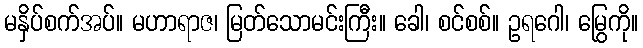
မနှိပ်စက်အပ်။ မဟာရာဇ၊ မြတ်သောမင်းကြီး။ ခေါ၊ စင်စစ်။ ဥရဂေါ၊ မြွေကို။